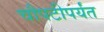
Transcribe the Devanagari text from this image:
चौपटीपर्यंत